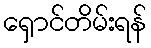
ရှောင်တိမ်းရန်